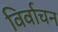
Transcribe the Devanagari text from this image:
विर्वाचन